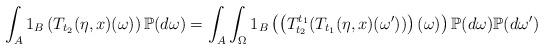
LaTeX: \begin{align*}\int_A 1_{B} \left( T_{t_2}(\eta,x)(\omega)\right) \mathbb{P}(d\omega) = \int_A \int_{\Omega} 1_{B}\left( \left( T_{t_2}^{t_1}(T_{t_1}(\eta,x)(\omega')) \right)(\omega) \right) \mathbb{P}(d\omega) \mathbb{P}(d\omega')\end{align*}